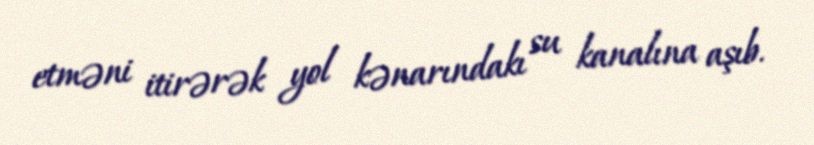
etməni itirərək yol kənarındakı su kanalına aşıb.